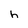
Character: h